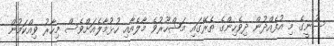
ސުނީގެ މި އުފެއްދުން ދިވެހިންގެ ތެރޭގައި މަޝްހޫރުވެ މާލެއާއި ހުޅުމާލެއަށްވެސް މިހާރު ވިއްކަމުން